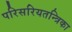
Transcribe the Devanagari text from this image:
परिसरियतन्त्रिका